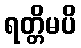
ရတ္တိမပိ